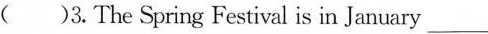
( )3.The Spring Festival is in January___